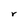
Character: r